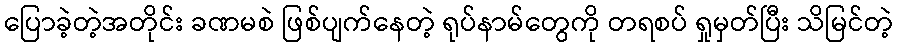
ပြောခဲ့တဲ့အတိုင်း ခဏမစဲ ဖြစ်ပျက်နေတဲ့ ရုပ်နာမ်တွေကို တရစပ် ရှုမှတ်ပြီး သိမြင်တဲ့